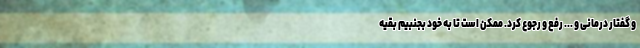
و گفتار درمانی و ... رفع و رجوع کرد. ممکن است تا به خود بجنبیم بقیه